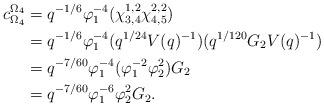
LaTeX: \begin{align*} c_{\Omega_4}^{\Omega_4} &= q^{-1/6}\varphi_1^{-4}(\chi_{3,4}^{1,2}\chi_{4,5}^{2,2})\\ &= q^{-1/6}\varphi_1^{-4}(q^{1/24}V(q)^{-1})(q^{1/120}G_2V(q)^{-1})\\ &= q^{-7/60}\varphi_1^{-4}(\varphi_1^{-2}\varphi_2^2)G_2\\ &= q^{-7/60}\varphi_1^{-6}\varphi_2^2G_2.\end{align*}